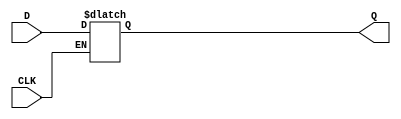
// D-Latch
// D

/* teacher's code */
module LATCH(CLK, D, Q);
	output reg Q;
	input CLK, D;
	always@(D or CLK) begin
		if(CLK) Q<=D;
	end
endmodule

/* 
* CLKQD
* CLK
*/

/*  */
module LATCH2(CLK, D, Q, RST);
	output Q;
	input CLK, D, RST;
	assign Q=(!RST) ? 0:(CLK ? D:Q);
endmodule

module LATCH3(CLK, D, Q, RST);
	output Q;
	input CLK, D, RST;
	reg Q;
	always@(D or CLK or RST) begin
		if(!RST) Q<=0;
		else if(CLK) Q<=D;
	end
endmodule



/* 
* Verilog
*  
*/

/* 
*/
/*
*/

/* verilog
*/

/*  */
/*   */

/* Verilog*/

/*
* 1Apossdge Anegedge A; alwaysA
* 2B(alwaysB
* 3
* 4posedgenegedge
*      eeror eg. always@(posedge CLK or RST)  always@(posedge CLK or negedge RST or A)
* 5if
* 6
*/